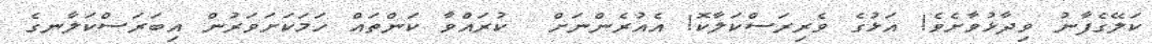
ކަލޭގެފާނު ވިދާޅުވާށެވެ! އަޅުގެ ވެރިރަސްކަލާކޮ! އެއުރެންނަށް  ކުރައްވާ ކަންތައް ހަމަކަށަވަރުން އިބަރަސްކަލާނގެ